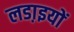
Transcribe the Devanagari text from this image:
लडा़इयों